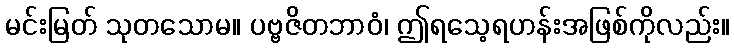
မင်းမြတ် သုတသောမ။ ပဗ္ဗဇိတဘာဝံ၊ ဤရသေ့ရဟန်းအဖြစ်ကိုလည်း။